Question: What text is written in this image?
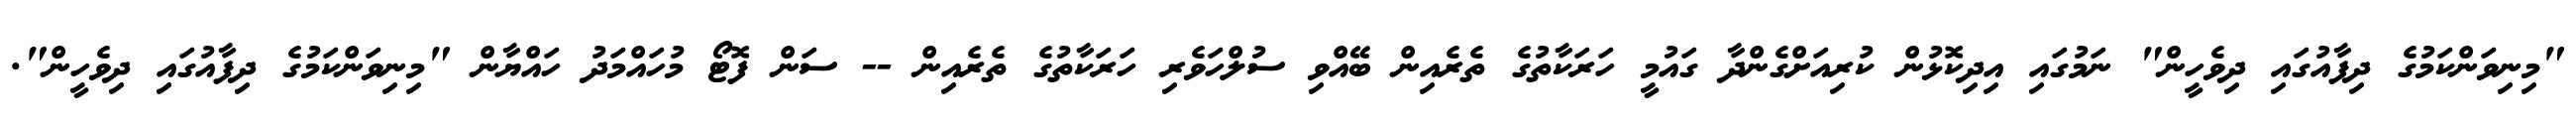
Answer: "މިނިވަންކަމުގެ ދިފާއުގައި ދިވެހީން" ނަމުގައި އިދިކޮޅުން ކުރިއަށްގެންދާ ގައުމީ ހަރަކާތުގެ ތެރެއިން ބޭއްވި ސުލްހަވެރި ހަރަކާތުގެ ތެރެއިން -- ސަން ފޮޓޯ މުހައްމަދު ހައްޔާން "މިނިވަންކަމުގެ ދިފާއުގައި ދިވެހީން".